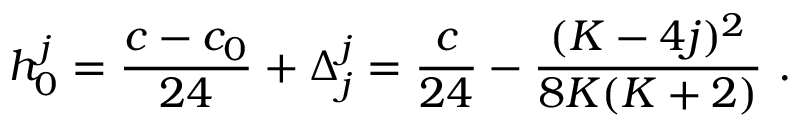
h _ { 0 } ^ { j } = { \frac { c - c _ { 0 } } { 2 4 } } + \Delta _ { j } ^ { j } = { \frac { c } { 2 4 } } - { \frac { ( K - 4 j ) ^ { 2 } } { 8 K ( K + 2 ) } } { } ~ .